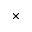
\times